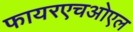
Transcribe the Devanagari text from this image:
फायरएचओएल